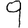
Digit: 9